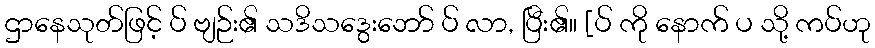
ဌာနေသုတ်ဖြင့် ပ် ဗျဉ်း၏ သဒိသဒွေးဘော် ပ် လာ, ပြီး၏။ [ပ် ကို နောက် ပ သို့ ကပ်ဟု